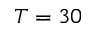
T = 3 0